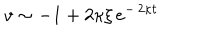
\: v \sim - 1 + 2 \kappa \xi \, e ^ { - \, 2 \kappa t } \: